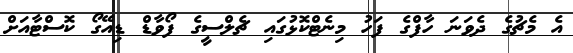
އެ މެޗުގެ ދެވަނަ ހާފްގެ ފަހު މިނެޓްކޮޅުގައި ޗެލްސީގެ ފޯވާޑް ޑިއޭގޯ ކޮސްޓާއަށް